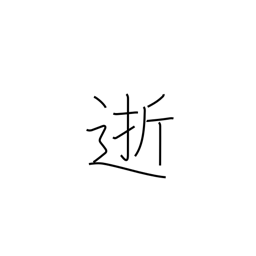
Meaning: departed